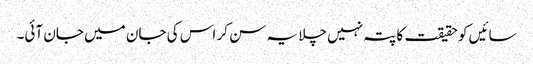
سائیں کو حقیقت کا پتہ نہیں چلا یہ سن کر اس کی جان میں جان آئی۔